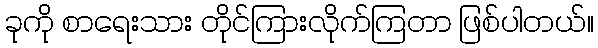
ခုကို စာရေးသား တိုင်ကြားလိုက်ကြတာ ဖြစ်ပါတယ်။